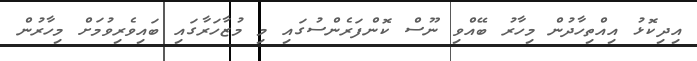
އިދިކޮޅު އިއްތިހާދުން މިހާރު ބޭއްވި ނޫސް ކޮންފަރެންސުގައި މި މުޒާހަރާގައި ބައިވެރިވުމަށް މިހާރުން